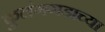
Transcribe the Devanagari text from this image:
कुलंगगडाच्या